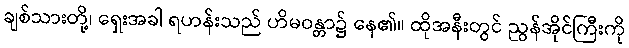
ချစ်သားတို့၊ ရှေးအခါ ရဟန်းသည် ဟိမဝန္တာ၌ နေ၏။ ထိုအနီးတွင် ညွန်အိုင်ကြီးကို